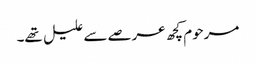
مرحوم کچھ عرصے سے علیل تھے۔